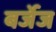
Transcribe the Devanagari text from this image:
बर्जेज